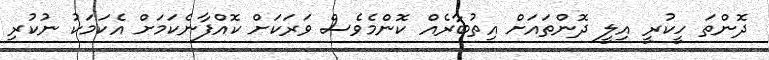
ދޮންތަ ހީކުރީ އިލީ ދޮންތައަށް އިތުބާރެއް ކޮންމެވެސް ވަރަކަށް ކޮއްފާނެކަމަށް އެކަމަކު ނުކުރި